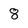
Character: 8